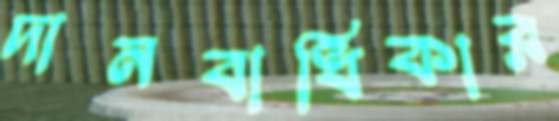
দানবাধিকার